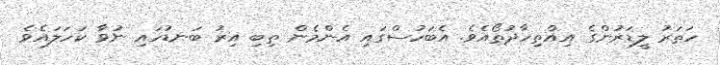
ހަތަރު ލީޑަރުންގެ އިއްތިހާދުތޯއެވެ. އެބަހުސްގައި އެންމެން ތިބި އިރު ބަނޑުހައި ނުވާ ކަހަލައެވެ.